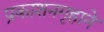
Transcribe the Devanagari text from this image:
प्रकाशनगृहाने